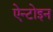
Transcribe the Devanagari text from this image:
ऐन्टोइन